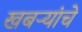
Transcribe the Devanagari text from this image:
खबऱ्यांचे